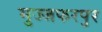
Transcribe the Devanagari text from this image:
मुज्जफरपुर